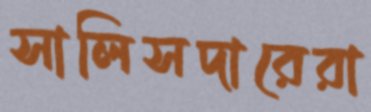
সালিসদারেরা